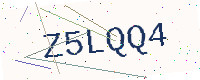
Text: Z5LQQ4